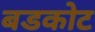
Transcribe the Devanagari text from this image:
बडकोट